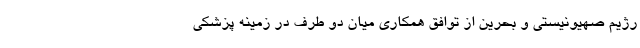
رژیم صهیونیستی و بحرین از توافق همکاری میان دو طرف در زمینه پزشکی